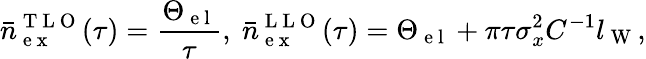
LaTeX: \bar{n}_{\mathrm{~e~x~}}^{\mathrm{~T~L~O~}}(\tau)=\frac{\Theta_{\mathrm{~e~l~}}}{\tau},~\bar{n}_{\mathrm{~e~x~}}^{\mathrm{~L~L~O~}}(\tau)=\Theta_{\mathrm{~e~l~}}+\pi\tau\sigma_{x}^{2}C^{-1}l_{\mathrm{~W~}},